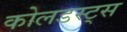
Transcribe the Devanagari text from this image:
कोलडस्ट्स